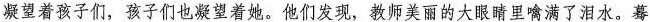
凝望着孩子们，孩子们也凝望着她。他们发现，教师美丽的大眼睛里噙满了泪水。蓦